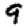
Digit: 9